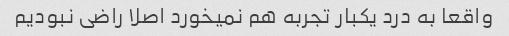
واقعا به درد یکبار تجربه هم نمیخورد اصلا راضی نبودیم